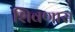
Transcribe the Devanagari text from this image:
शिवणारा